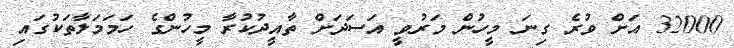
32000 އަށް ވުރެ ގިނަ މީހުން މަރުވީ އަސަދަށް ތާއީދުކުރާ މީހުންގެ ހަމަމަލާތަކުގައި